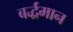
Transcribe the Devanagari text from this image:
बर्द्धमान